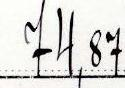
74,87